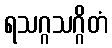
ရသဂ္ဂသဂ္ဂိတံ